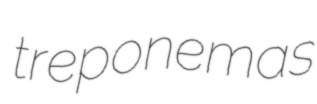
treponemas